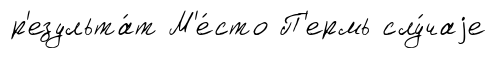
р'езульта́т М'е́сто П'ермь слу́чаjе